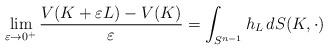
LaTeX: \begin{align*}\lim_{\varepsilon\to 0^+}\frac{V(K+\varepsilon L)-V(K)}{\varepsilon}=\int_{S^{n-1}}h_L\,d S(K, \cdot)\end{align*}